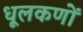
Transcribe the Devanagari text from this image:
धूलकणों